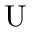
\mathrm { U }